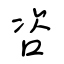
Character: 咨